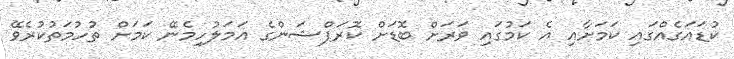
ކުޑައަގެއްގައި ކަމަށާއި އެ ކަމުގައި ވަރަށް ބޮޑަށް ކޮރަޕްޝަންގެ އަމަލުހިމެނޭ ކަމަށް ތުހުމަތުކުރެވޭ